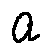
a